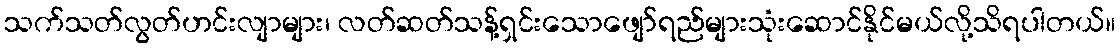
သက်သတ်လွတ်ဟင်းလျာများ၊ လတ်ဆတ်သန့်ရှင်းသောဖျော်ရည်များသုံးဆောင်နိုင်မယ်လို့သိရပါတယ်။